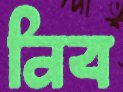
নিব